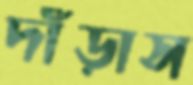
দাঁড়াস